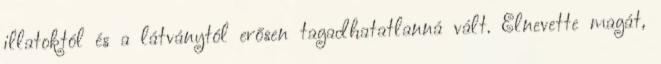
illatoktól és a látványtól erősen tagadhatatlanná vált. Elnevette magát,